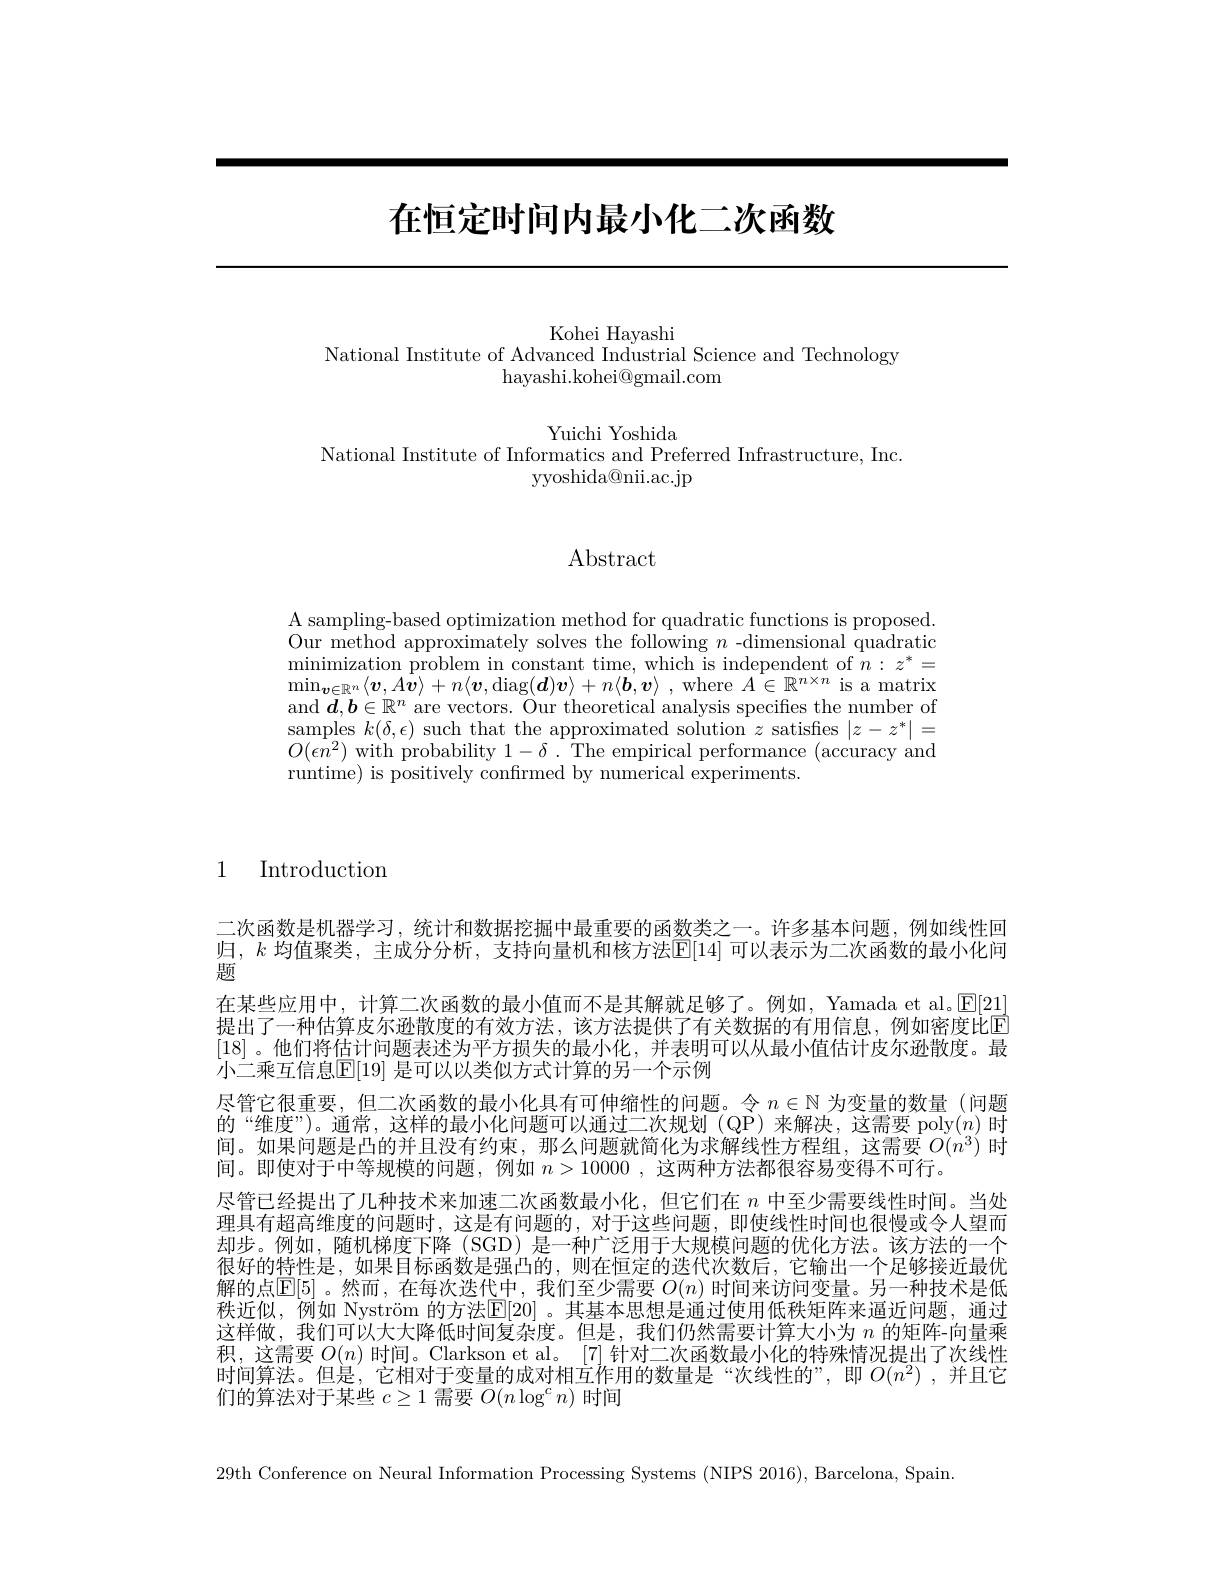
# 在恒定时间内最小化二次函数

Kohei Hayashi
National Institute of Advanced Industrial Science and Technology
hayashi.kohei@gmail.com

Yuichi Yoshida
National Institute of Informatics and Preferred Infrastructure, Inc.
yyoshida@nii.ac.jp

## $\operatorname{Abstract}$

A sampling-based optimization method for quadratic functions is proposed. Our method approximately solves the following $n$-dimensional quadratic minimization problem in constant time, which is independent of $n:z^*=$ $\operatorname*{min}_{\boldsymbol{v}\in\mathbb{R}^n}\langle\boldsymbol{v},A\dot{\boldsymbol{v}}\rangle+n\langle\boldsymbol{v},\operatorname{diag}(\boldsymbol{d})\boldsymbol{v}\rangle+n\langle\boldsymbol{b},\boldsymbol{v}\rangle$ , where $A\in\mathbb{R}^n\times n$ is a matrix and $\bar{\boldsymbol{d}},\boldsymbol{b}\in\mathbb{R}^n$ are vectors. Our theoretical analysis specifies the number of samples $k(\delta,\epsilon)$ such that the approximated solution $z$ satisfies $|z-z^*|=$ $O(\epsilon n^{2})$ with probability $1-\delta.$ The empirical performance (accuracy and runtime) is positively confrmed by numerical experiments.

1 Introduction

二次函数是机器学习，统计和数据挖掘中最重要的函数类之一。许多基本问题，例如线性回归，$k$ 均值聚类，主成分分析，支持向量机和核方法$\overline{\mathbb{E}}[14]$ 可以表示为二次函数的最小化问题
在某些应用中，计算二次函数的最小值而不是其解就足够了。例如，Yamada et al.$\underline{\mathrm{E}}[21]$ 提出了一种估算皮尔逊散度的有效方法，该方法提供了有关数据的有用信息，例如密度比$\hat{\mathrm{E}}$ [18] 。他们将估计问题表述为平方损失的最小化，并表明可以从最小值估计皮尔逊散度。最小二乘互信息$\mathbb{E}[19]$ 是可以以类似方式计算的另一个示例
尽管它很重要，但二次函数的最小化具有可伸缩性的问题。令$n\in\mathbb{N}$为变量的数量(问题的“维度”)。通常，这样的最小化问题可以通过二次规划(QP)来解决，这需要 poly$(n)$时间。如果问题是凸的并且没有约束，那么问题就简化为求解线性方程组，这需要$O(n^3)$时间。即使对于中等规模的问题，例如$n>10000$,这两种方法都很容易变得不可行。
尽管已经提出了几种技术来加速二次函数最小化，但它们在$n$中至少需要线性时间。当处理具有超高维度的问题时，这是有问题的，对于这些问题，即使线性时间也很慢或令人望而却步。例如，随机梯度下降 (SGD) 是一种广泛用于大规模问题的优化方法。该方法的一个很好的特性是，如果目标函数是强凸的，则在恒定的迭代次数后，它输出一个足够接近最优解的点$\overline{\mathbb{E}}[5]$ 。然而，在每次迭代中，我们至少需要 $O(n)$ 时间来访问变量。另一种技术是低秩近似，例如 Nyström 的方法$\mathbb{E}[20]$ 。其基本思想是通过使用低秩矩阵来逼近问题，通过这样做，我们可以大大降低时间复杂度。但是，我们仍然需要计算大小为$n$的矩阵-向量乘积，这需要$O(n)$时间。Clarkson et al。[7] 针对二次函数最小化的特殊情况提出了次线性时间算法。但是，它相对于变量的成对相互作用的数量是“次线性的”,即$O(n^{2})$ ,并且它们的算法对于某些$c\geq1$需要$O(n\log^cn)$时间

29th Conference on Neural Information Processing Systems (NIPS 2016), Barcelona, Spain